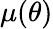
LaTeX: \mu(\theta)